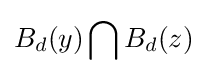
B_{d}(y)\bigcap B_{d}(z)